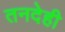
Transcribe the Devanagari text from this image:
तनदेही